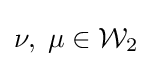
\nu ,\;\mu \in {\mathcal {W}}_{2}